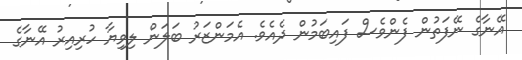
އޭނާގެ ނޭފަތުން ފެންވެސް ފައިބަމުން ދެއެވެ. އެމަންޒަރު ބަލަން ލިވިޔާ ހުރިއިރު އޭނާގެ